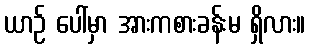
ယာဉ် ပေါ်မှာ အားကစားခန်းမ ရှိလား။